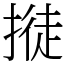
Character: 𢲛